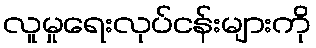
လူမှုရေးလုပ်ငန်းများကို